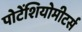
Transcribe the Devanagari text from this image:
पोटेंशियोमीटर्स